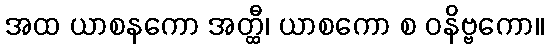
အထ ယာစနကော အတ္ထီ၊ ယာစကော စ ဝနိဗ္ဗကော။